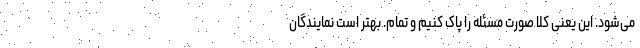
می‌شود. این یعنی کلا صورت مسئله را پاک کنیم و تمام. بهتر است نمایندگان